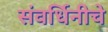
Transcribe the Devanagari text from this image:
संवर्धिनीचे